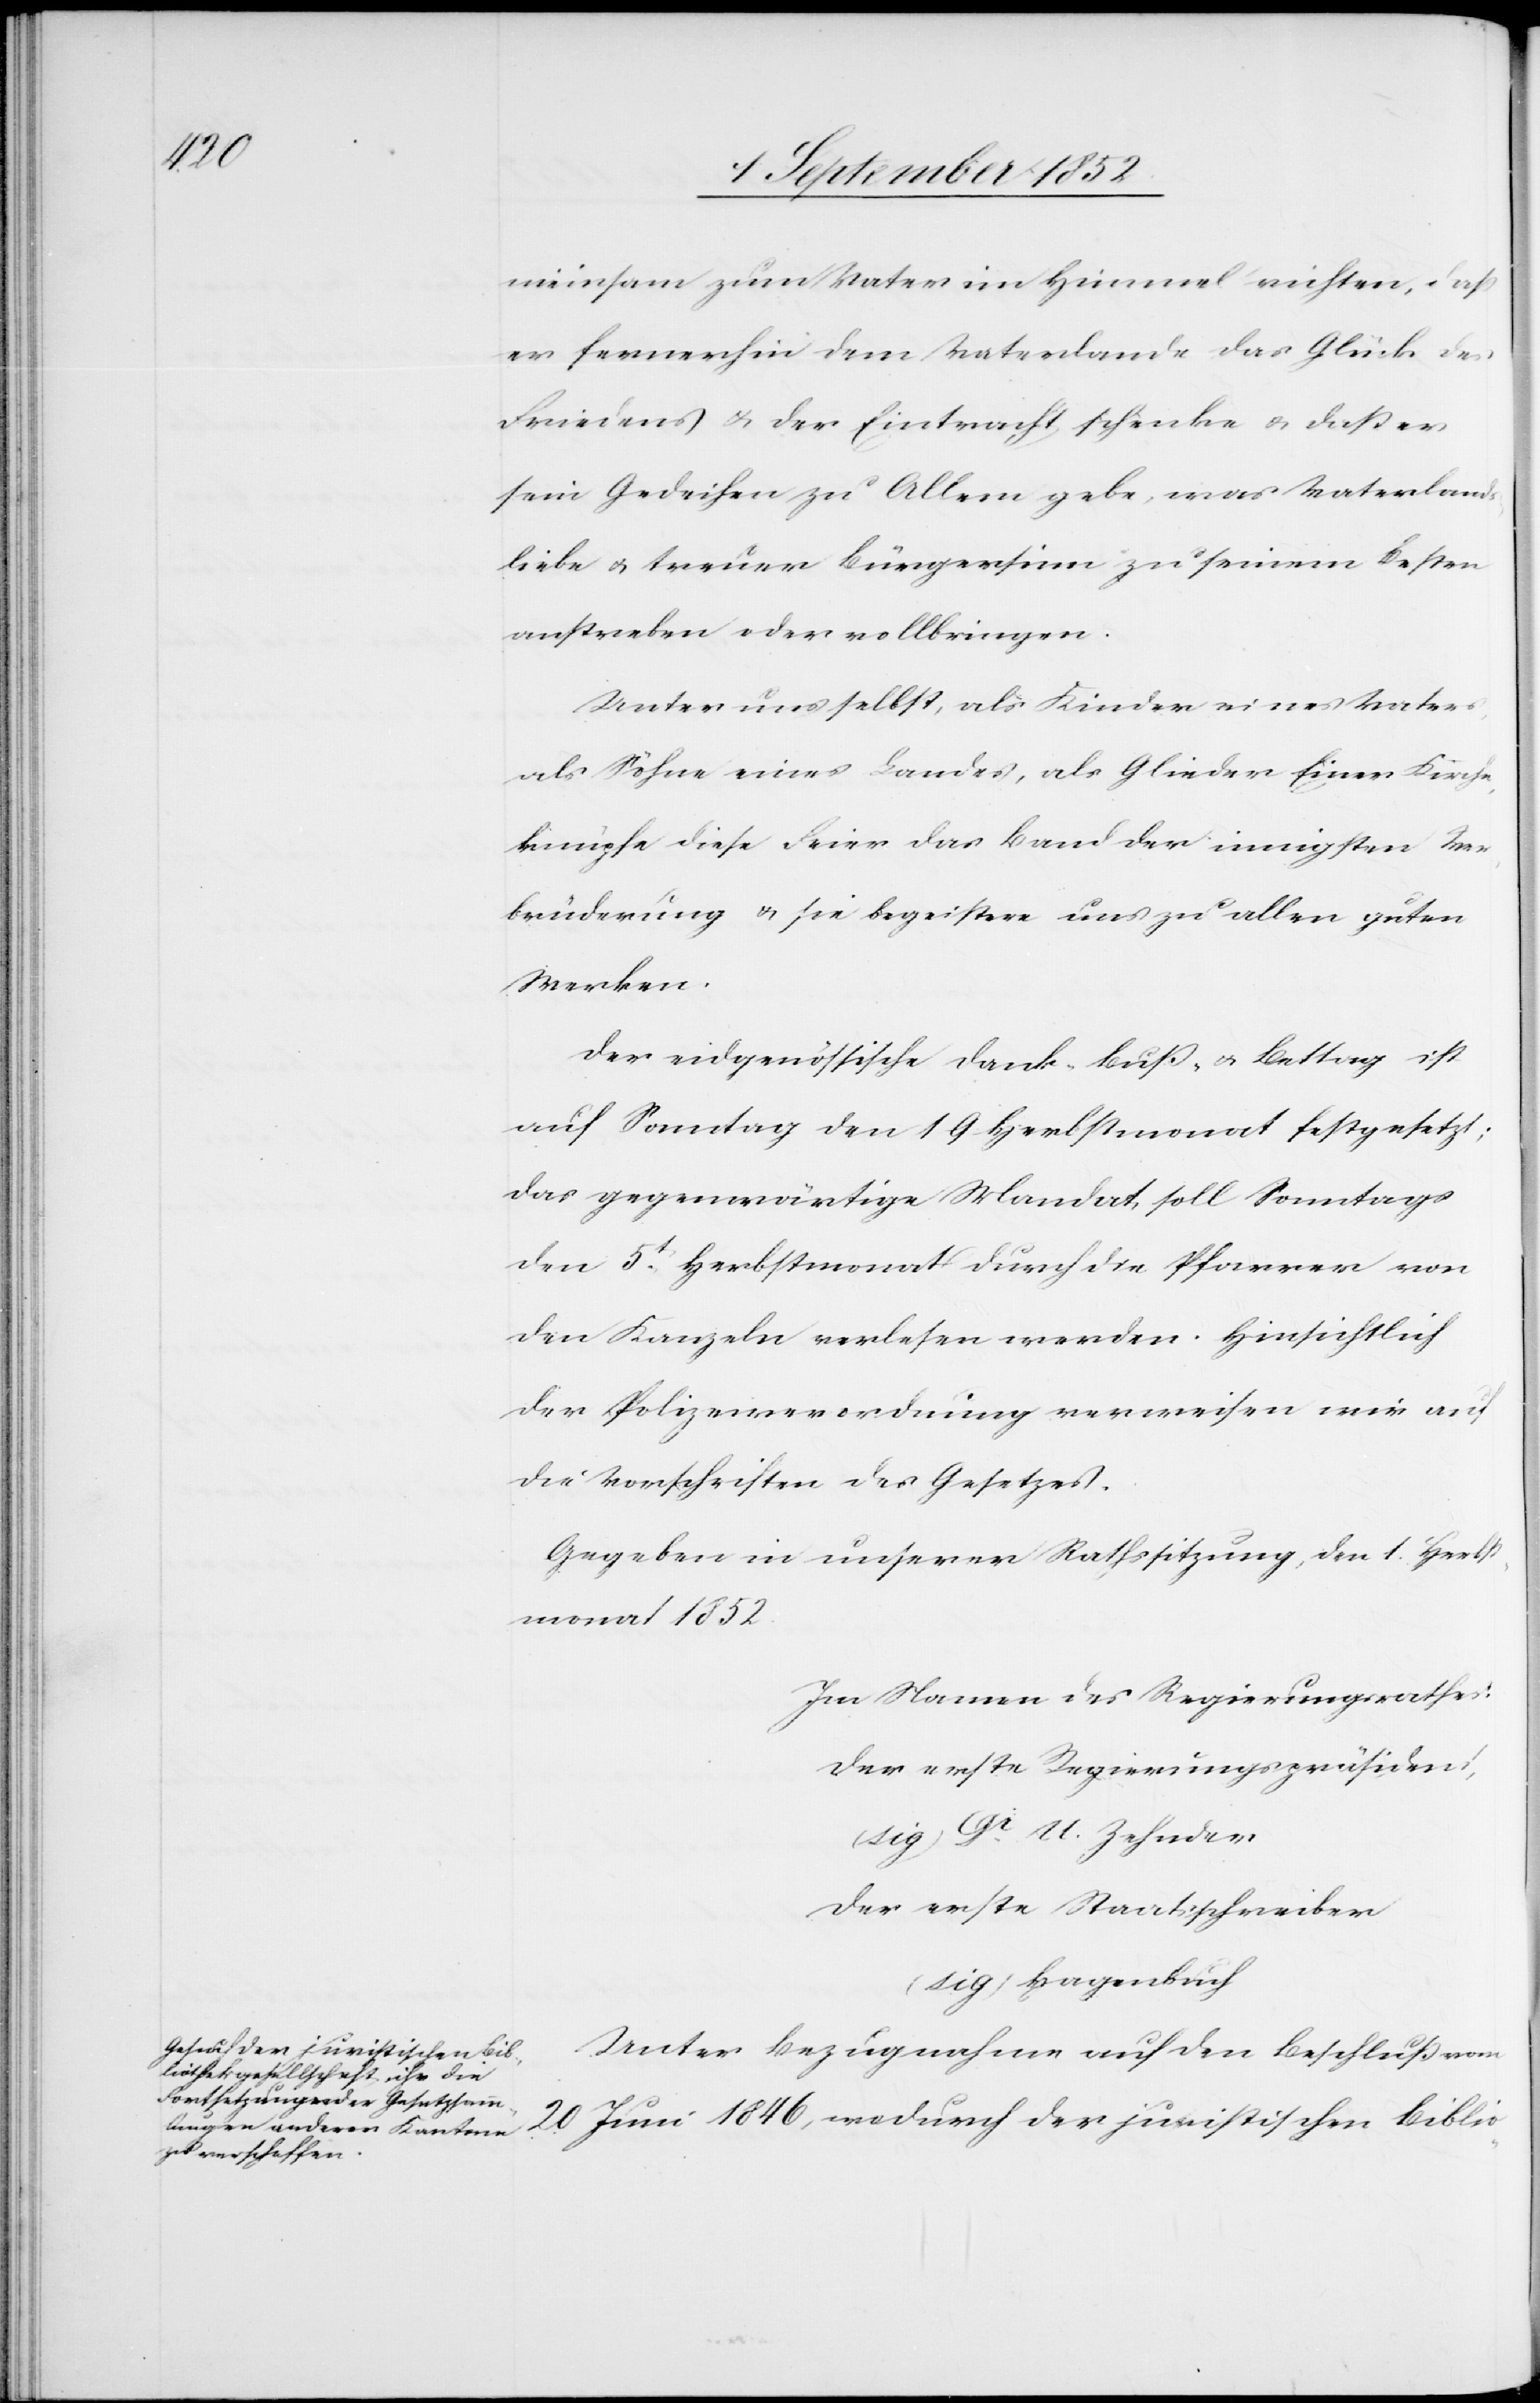
lio-

meinsam zum Vater im Himmel richten, daß
er fernerhin dem Vaterlande das Glück des
Friedens & der Eintracht schenke & daß er
sein Gedeihen zu Allem gebe, was Vaterlands¬
liebe & treuer Bürgersinn zu seinem Besten
anstreben oder vollbringen.
Unter uns selbst, als Kinder eines Vaters,
als Söhne eines Landes, als Glieder Einer Kirche,
knüpfe diese Feier das Band der innigsten Ver¬
brüderung & sie begeistere uns zu allen guten
Werken.
Der eidgenössische Dank-[,] Buß- & Bettag ist
auf Sonntag den 19 Herbstmonat festgesetzt;
das gegenwärtige Mandat, soll Sonntags
den 5t. Herbstmonat durch die Pfarrer von
den Kanzeln verlesen werden. Hinsichtlich
der Polizeiverordnung verweisen wir auf
die Vorschriften des Gesetzes.
Gegeben in unserer Rathssitzung, den 1. Herbst¬
monat 1852.
Im Namen des Regierungsrathes:
Der erste Regierungspräsident,
(sig) Dr. U. Zehnder
Der erste Staatsschreiber
(sig) Hagenbuch
wodurch der juristischen Bib¬
Unter Bezugnahme auf den Beschluß vom